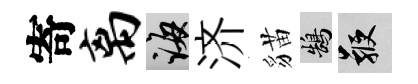
寄离誨济貓鵠鞭